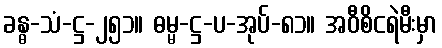
ခန္ဓ-သံ-ဋ္ဌ-၂၅၁။ ဓမ္မ-ဋ္ဌ-ပ-အုပ်-၈၁။ အဝီစိငရဲမီးမှာ